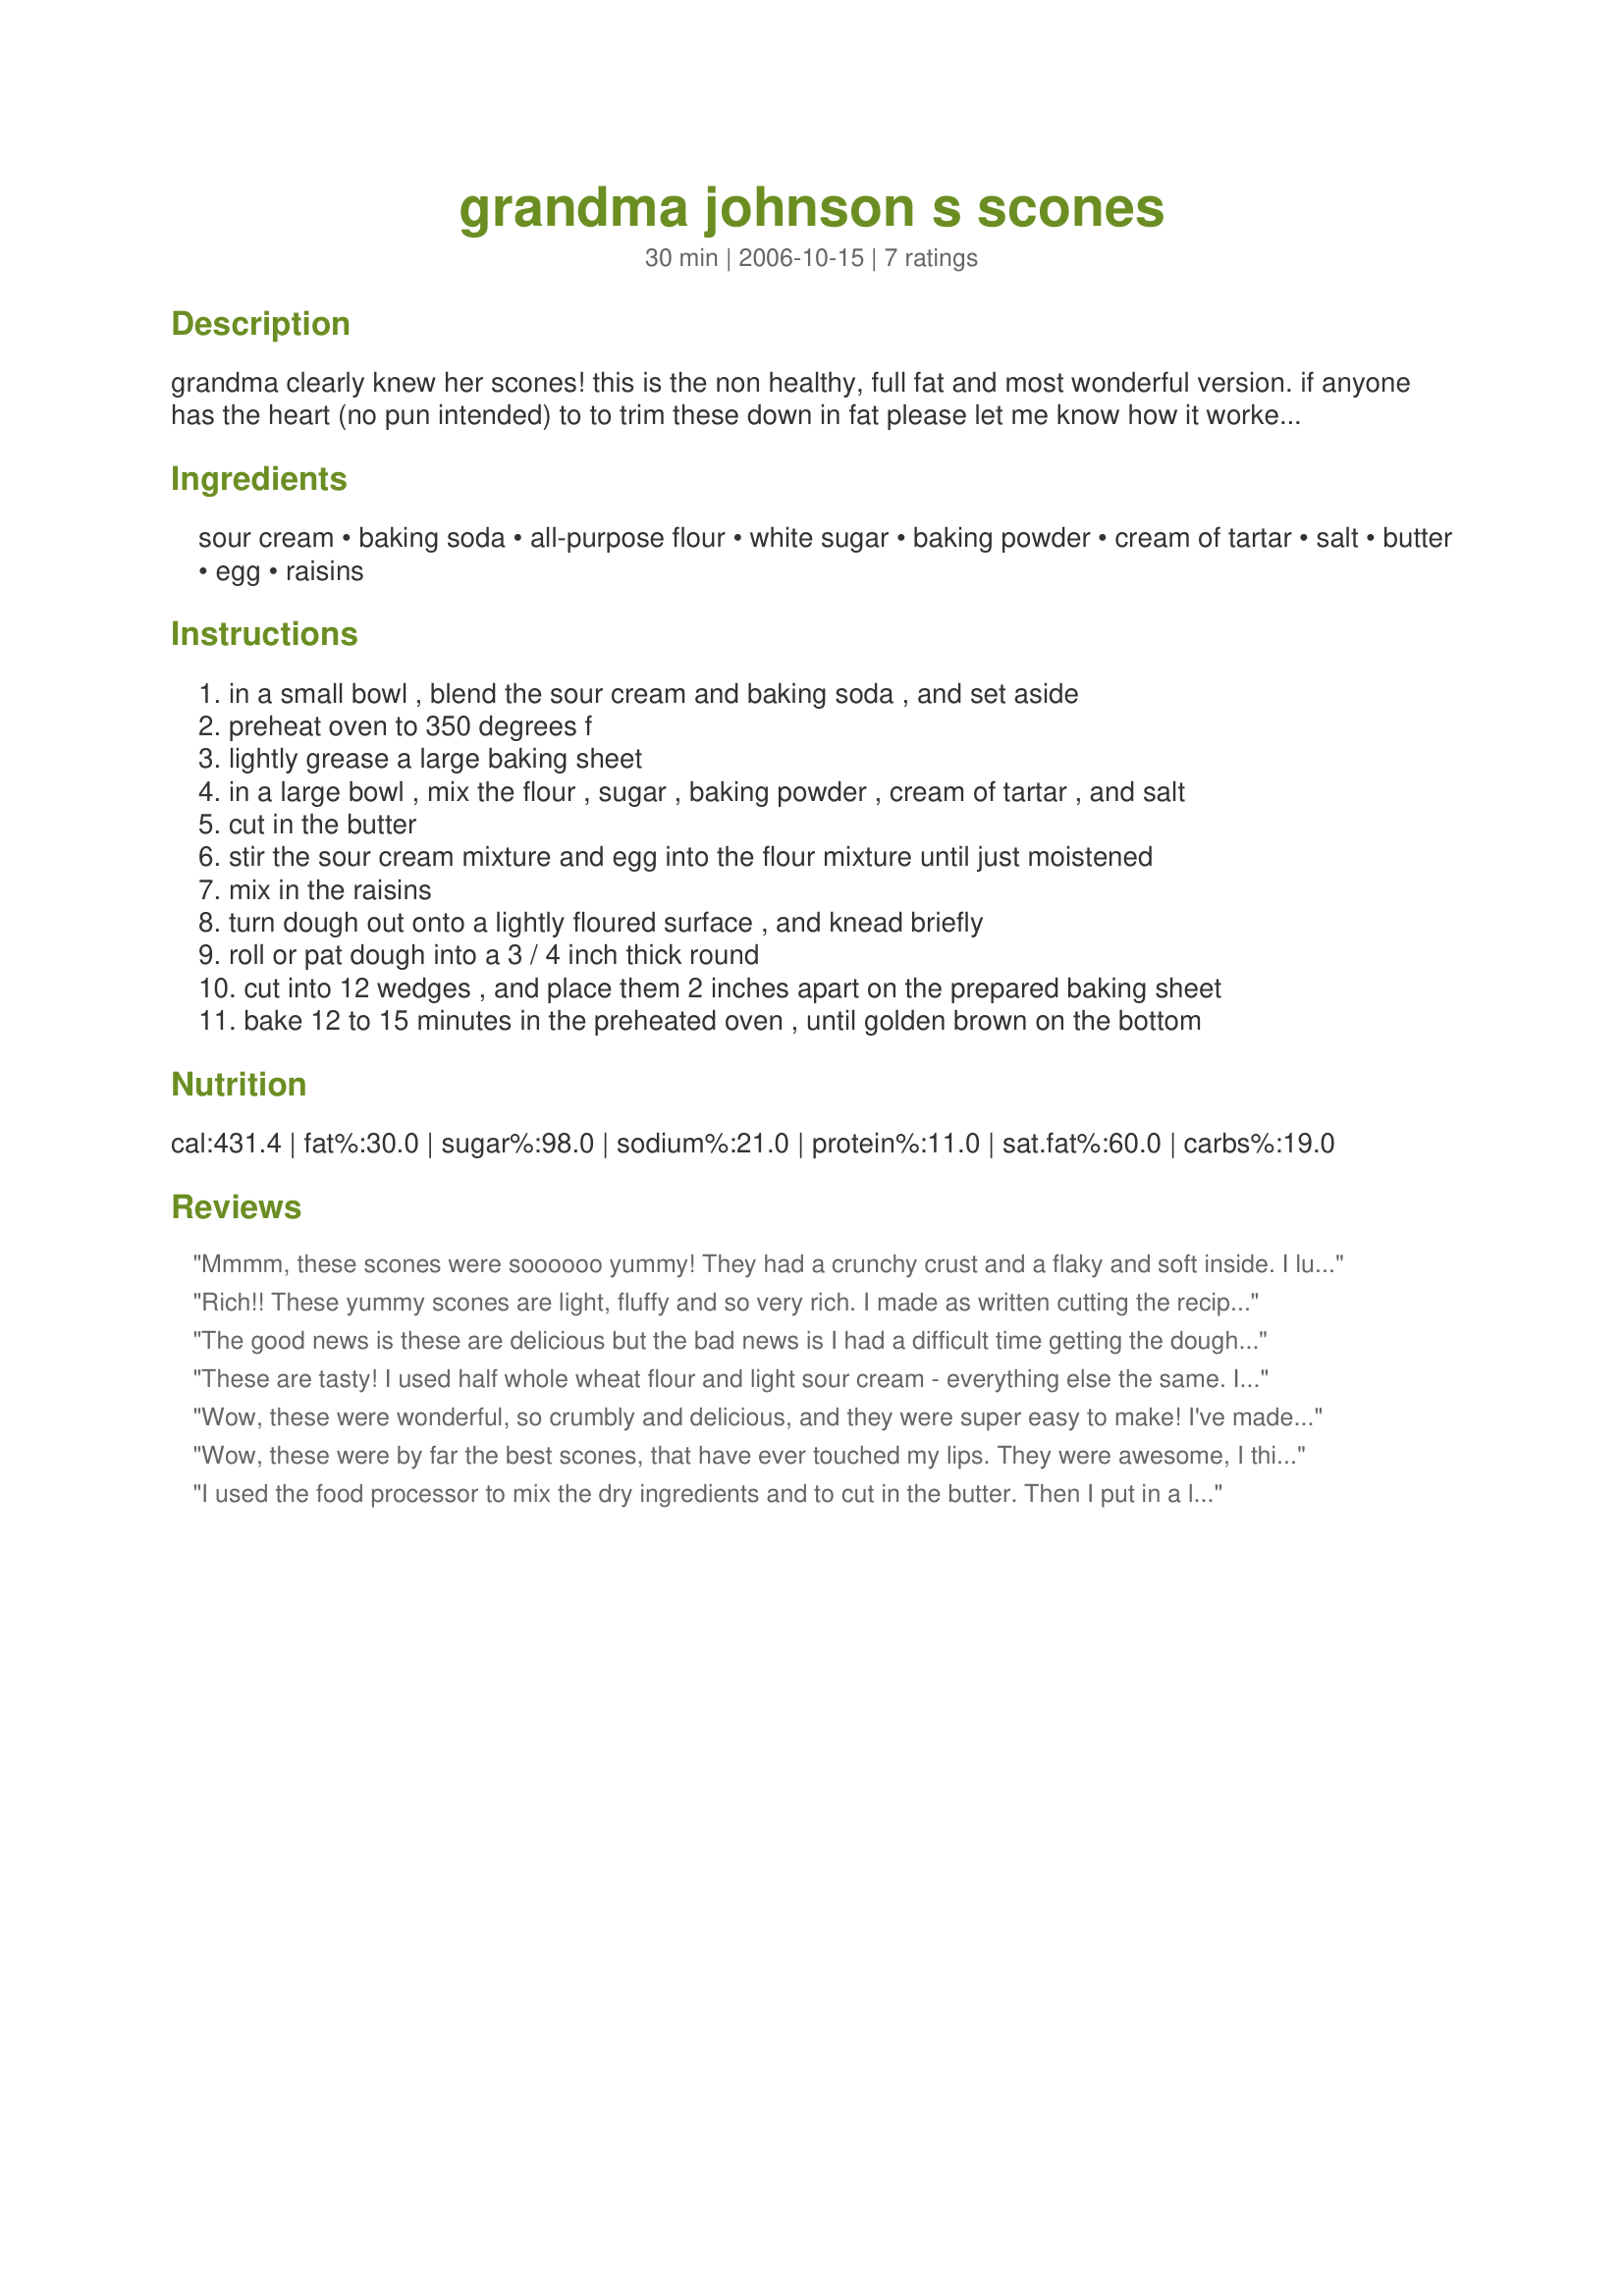
grandma johnson s scones
Preparation time: 30 minutes

grandma clearly knew her scones! this is the non healthy, full fat and most wonderful version. if anyone has the heart (no pun intended) to to trim these down in fat please let me know how it worked out.

Ingredients:
sour cream, baking soda, all-purpose flour, white sugar, baking powder, cream of tartar, salt, butter, egg, raisins

Steps:
in a small bowl , blend the sour cream and baking soda , and set aside
preheat oven to 350 degrees f
lightly grease a large baking sheet
in a large bowl , mix the flour , sugar , baking powder , cream of tartar , and salt
cut in the butter
stir the sour cream mixture and egg into the flour mixture until just moistened
mix in the raisins
turn dough out onto a lightly floured surface , and knead briefly
roll or pat dough into a 3 / 4 inch thick round
cut into 12 wedges , and place them 2 inches apart on the prepared baking sheet
bake 12 to 15 minutes in the preheated oven , until golden brown on the bottom

Reviews:
Mmmm, these scones were soooooo yummy! They had a crunchy crust and a flaky and soft inside. I luved the sour cream taste in these and how easy and quick they came together!
I opted out of the raisins and only made half the recipe, but still ended up with 9 rather chunky scones.
I will surely make this recipe again!
THANKS SO MUCH for sharing it here with us, Annacia!
Made and reviewed for 1-2-3-Hit Wonder Decembre 09.
Rich!! These yummy scones are light, fluffy and so very rich. I made as written cutting the recipe down to make only 3 scones and still got 5 big scones sprinkled a little granulated sugar over the top just before baking. Thanks for the Great scone recipe.
The good news is these are delicious but the bad news is I had a difficult time getting the dough moist enough to knead-having to add another egg and more sour cream. This could be my fault due to the variances in flours hence the five star review. A small amount of solid coconut oil replaced butter. Half the batch was shaped into scones and the other half shaped into a round and baked in a cast iron skillet. Yum! 5 stars for taste! Served with homemade strawberry jam and more butter! Made for Best of 2012.
These are tasty! I used half whole wheat flour and light sour cream - everything else the same. I upped the baking time to 17 minutes. I think that they are a bit too soft and moist for scones, but like I said before they are tasty! Thank you!
Wow, these were wonderful, so crumbly and delicious, and they were super easy to make! I've made scones from the box before, but these are so much better. They don't even require much more work! Thanks Annacia!
Wow, these were by far the best scones, that have ever touched my lips. They were awesome, I think I'm in heaven. The flavor and texture are spot on. Rich and decadent, just the way I like em. Seriously so good and very quick and easy to make. Behold a new family favorite which is going into my Favorites Cookbook for 2012. I highly recommend these to anyone who wants a very special treat. Beautiful served with soft sweet butter, clotted cream and blackberry jam. They are equally as wonderful toasted. I also enjoyed them for lunch served with fresh sliced spiral ham. Thanks for sharing another winner Annacia.
I used the food processor to mix the dry ingredients and to cut in the butter. Then I put in a large bowl and followed the recipe. I used a little bit of raisins and probably 3/4 cup of dried cranberries (that I soaked with the raisins in the water). These scones are so yummy. Thanks Annacia :) Made for PRMR tag game
